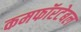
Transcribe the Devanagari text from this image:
कमफॉरटेबल